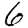
Digit: 6